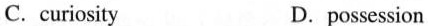
C. curiosity